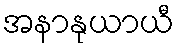
အနာနုယာယီ